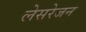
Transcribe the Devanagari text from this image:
लेसरेजन